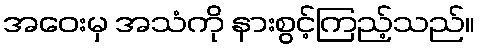
အဝေးမှ အသံကို နားစွင့်ကြည့်သည်။